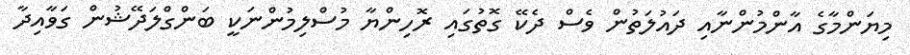
މިޔަންމާގެ އާންމުންނާއި ދައުލަތުން ވެސް ދެކޭ ގޮތުގައި ރޮހިންޔާ މުސްލިމުންނަކީ ބަންގްލަދޭޝުން ގަވާއިދާ